Medical and sanitary report of the native army of Bengal for the year
Year: 1878
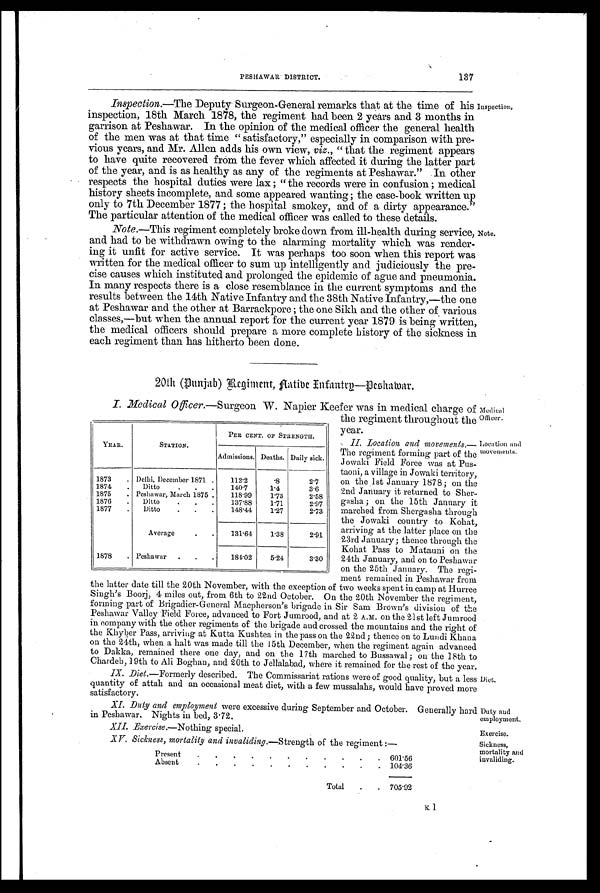
Exercise.
Sickness,
mortality and
invaliding.
PESHAWAR DISTRICT.
137
Inspection.—The Deputy Surgeon-General remarks that at the time of his
inspection, 18th March 1878, the regiment had been 2 years and 3 months in
garrison at Peshawar. In the opinion of the medical officer the general health
of the men was at that time " satisfactory," especially in comparison with pre-
vious years, and Mr. Allen adds his own view, viz., " that the regiment appears
to have quite recovered from the fever which affected it during the latter part
of the year, and is as healthy as any of the regiments at Peshawar." In other
respects the hospital duties were lax ; " the records were in confusion ; medical
history sheets incomplete, and some appeared wanting ; the case-book written up
only to 7th December 1877 ; the hospital smokey, and of a dirty appearance."
The particular attention of the medical officer was called to these details.
Inspection,
Note.—This regiment completely broke down from ill-health during service,
and had to be withdrawn owing to the alarming mortality which was render-
ing it unfit for active service. It was perhaps too soon when this report was
written for the medical officer to sum up intelligently and judiciously the pre-
cise causes which instituted and prolonged the epidemic of ague and pneumonia.
In many respects there is a close resemblance in the current symptoms and the
results between the 14th Native Infantry and the 38th Native Infantry,—the one
at Peshawar and the other at Barrackpore ; the one Sikh and the other of various
classes,—but when the annual report for the current year 1879 is being written,
the medical officers should prepare a more complete history of the sickness in
each regiment than has hitherto been done.
20th (Punjab) Regiment, Native Infantry—Peshawar.
note.
I. Medical Officer.— S u r g e o n
W .
N a p i e r K e e f e r w a s i n m e d i c a l c h a r g e o f
the regiment throughout the
year.
II. Location and movements.—
The regiment forming part of the
Jowaki Field Force was at Pus-
taoni, a village in Jowaki territory,
on the 1st January 1878; on the
2nd January it returned to Sher-
gasha ; on the 15th January it
marched from Shergasha through
the Jowaki country to Kohat,
arriving at the latter place on the
23rd January ; thence through the
Kohat Pass to Matauni on the
24th January, and on to Peshawar
on the 25th January. The regi-
ment remained in Peshawar from
the latter date till the 20th November, with the exception of two weeks spent in camp at Hurree
Singh's Boorj, 4 miles out, from 6th to 22nd October. On the 20th November the regiment,
forming part of Brigadier-General Macpherson's brigade in Sir Sam Brown's division of the
Peshawar Valley Field Force, advanced to Fort Jumrood, and at 2 A.m. on the 21st left Jumrood
in company with the other regiments of the brigade and crossed the mountains and the right of
the Khyber Pass, arriving at Kutta Kushtea in the pass on the 22nd; thence on to Lundi Khana
on the 24th, when a halt was made till the 15th December, when the regiment again advanced
to Dakka, remained there one day, and on the 17th marched to Bussawal ; on the 18th to
Chardeh, 19th to Ali Boghan, and 20th to Jellalabad, where it remained for the rest of the year.
IX. Diet. —Formerly described. The Commissariat rations were of good quality, but a less
quantity of attah and an occasional meat diet, with a few mussalahs, would have proved more
satisfactory.
YEAR.
STATION.
PER CENT. OF STRENGTH.
Admissions. Deaths. Daily sick.
1873
. Delhi, December 1871 .
112.2
. 8
2.7
1874
.
Ditto
..
140.7
1.4
3.6
1875
. Peshawar, March 1875 .
118.99
1.73
2.58
1876
.
Ditto
.
.
.
137.88
1.71
2.97
1877
.
Ditto
.
.
.
148.44
1.27
2.73
Average
.
.
131.64
1.38
2.91
1878
. Peshawar
.
.
184.02
5.24
3.30
Medical
Officer.
Location an d
movements.
Diet.
XI. Duty and employment were excessive during September and October. Generally hard
in Peshawar. Nights in bed, 3.72.
Duty and
employment.
XII. Exercise.—Nothing special.
XV. Sickness, mortality and invaliding. —Strength of the regiment :—
Present
.
.
.
.
.
•
.
.
.
.
.
601.56
Absent
.
.
.
.
.
.
.
.
.
. . 104.36
Total
.
. 705.92
Ii i